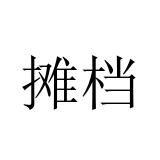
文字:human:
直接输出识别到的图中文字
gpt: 摊档